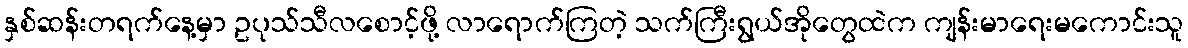
နှစ်ဆန်းတရက်နေ့မှာ ဥပုသ်သီလစောင့်ဖို့ လာရောက်ကြတဲ့ သက်ကြီးရွယ်အိုတွေထဲက ကျန်းမာရေးမကောင်းသူ